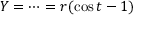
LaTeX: Y = \cdots = r ( \cos t - 1 )